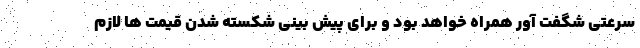
سرعتی شگفت آور همراه خواهد بود و برای پیش بینی شکسته شدن قیمت ها لازم